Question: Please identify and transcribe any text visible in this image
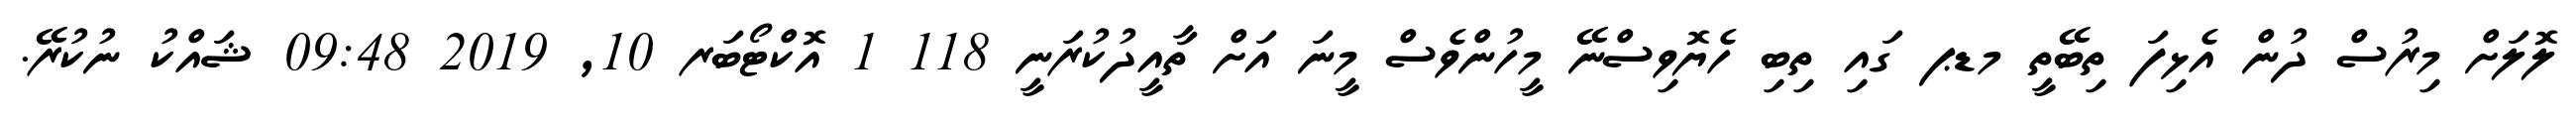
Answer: ލޮލަށް މިރުސް ދުން އެޅިފަ ތިބޭތީ މޑޕ ގައި ތިބި ހެޔޮވިސްނޭ މީހުންވެސް މީނަ އަށް ތާއީދުކުރަނީ 118 1 އޮކްޓޯބަރ 10, 2019 09:48 ޝައްކު ނުކުރޭ.